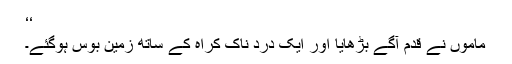
‘‘
ماموں نے قدم آگے بڑھایا اور ایک درد ناک کراہ کے ساتھ زمین بوس ہوگئے۔